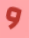
و